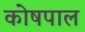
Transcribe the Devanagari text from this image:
कोषपाल